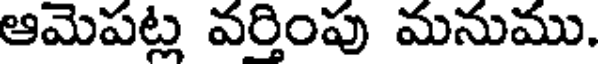
ఆమెపట్ల వర్తింపు మనుము.